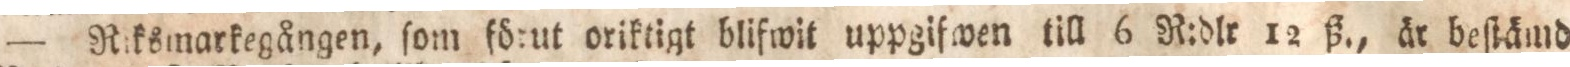
— Riksmarkegången, ſom förut oriktigt blifwit uppgifwen till 6 R:dlr 12 ß., är beſtämd